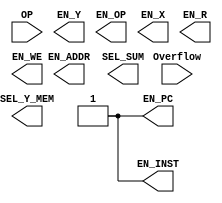
module centralControl ( input [2:0] OP, input Overflow, output EN_PC, EN_INST, EN_ADDR, EN_Y, EN_OP, EN_X, SEL_SUM, SEL_Y_MEM, EN_R, EN_WE );
	
	assign EN_PC = 1'b1;
endmodule